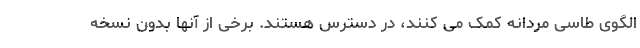
الگوی طاسی مردانه کمک می کنند، در دسترس هستند. برخی از آنها بدون نسخه